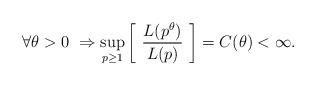
LaTeX: \begin{align*} \forall \theta > 0 \ \Rightarrow \sup_{p \ge 1} \left[ \ \frac{L(p^{\theta})}{L(p)} \ \right] = C(\theta) < \infty.\end{align*}